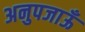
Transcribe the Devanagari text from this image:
अनुपजाऊँ